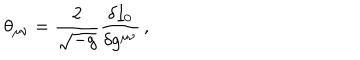
LaTeX: \theta _ { \mu \nu } = \frac { 2 } { \sqrt { - g } } \frac { \delta I _ { 0 } } { \delta g ^ { \mu \nu } } \, ,